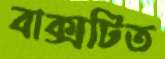
বাক্সটিত